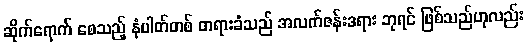
ဆိုက်ရောက် စေသည့် နံပါတ်တစ် တရားခံသည် အလက်ဇန်းဒရား ဘုရင် ဖြစ်သည်ဟုလည်း